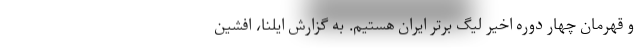
و قهرمان چهار دوره اخیر لیگ برتر ایران هستیم. به گزارش ایلنا، افشین